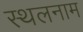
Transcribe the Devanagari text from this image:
स्थलनाम